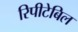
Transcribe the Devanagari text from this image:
रिपीटेबिल